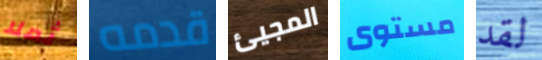
ثملا قدمه المجيئ مستوى لقد